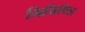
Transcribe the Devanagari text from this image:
मिनिपिल